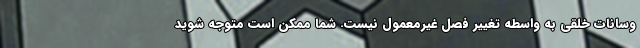
وسانات خلقی به واسطه تغییر فصل غیرمعمول نیست. شما ممکن است متوجه شوید